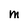
Character: m